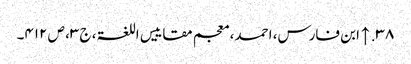
۳۸. ↑ ابن فارس، احمد، معجم مقاییس اللغۃ، ج ۳، ص ۴۱۲۔